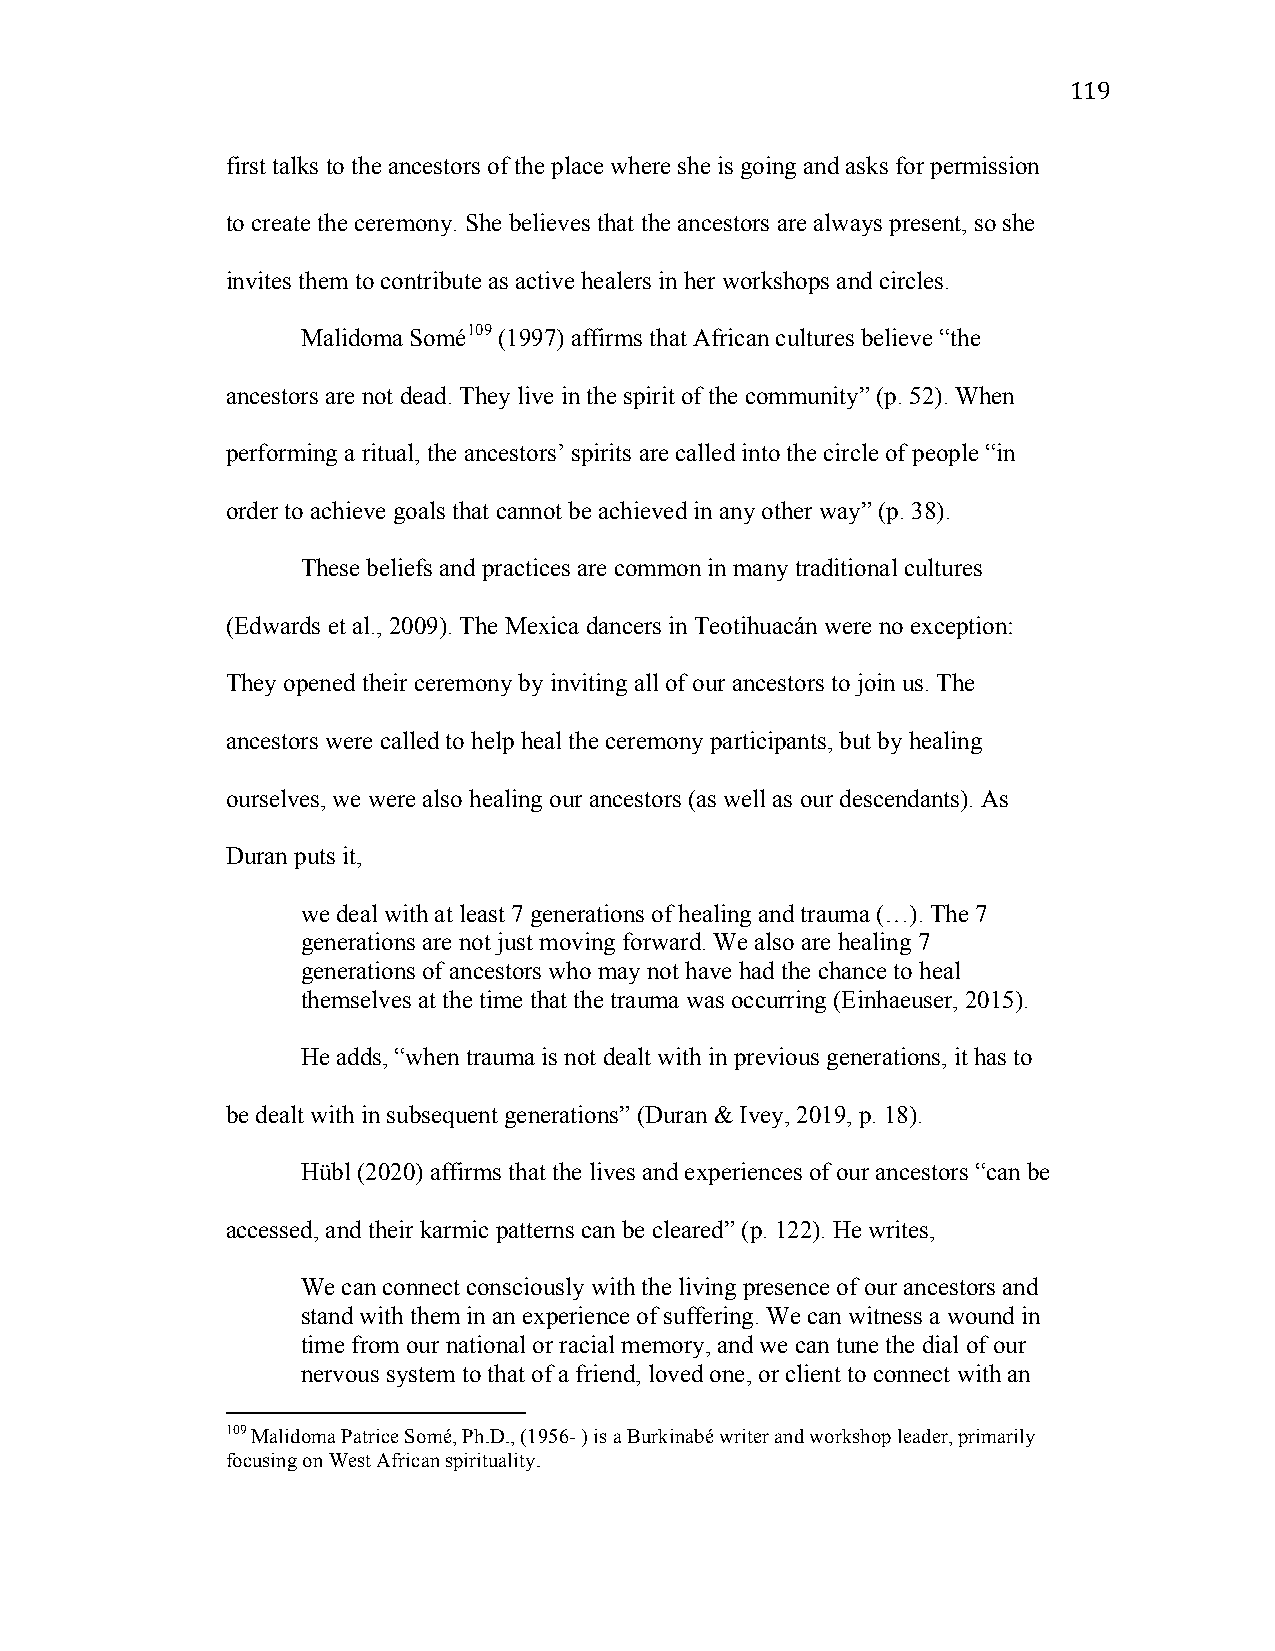
119
 first talks to the ancestors of the place where she is going and asks for permission
 to create the ceremony. She believes that the ancestors are always present, so she
 invites them to contribute as active healers in her workshops and circles.
 Malidoma Somé109 (1997) affirms that African cultures believe “the
 ancestors are not dead. They live in the spirit of the community” (p. 52). When
 performing a ritual, the ancestors’ spirits are called into the circle of people “in
 order to achieve goals that cannot be achieved in any other way” (p. 38).
 These beliefs and practices are common in many traditional cultures
 (Edwards et al., 2009). The Mexica dancers in Teotihuacán were no exception:
 They opened their ceremony by inviting all of our ancestors to join us. The
 ancestors were called to help heal the ceremony participants, but by healing
 ourselves, we were also healing our ancestors (as well as our descendants). As
 Duran puts it,
 we deal with at least 7 generations of healing and trauma (…). The 7
 generations are not just moving forward. We also are healing 7
 generations of ancestors who may not have had the chance to heal
 themselves at the time that the trauma was occurring (Einhaeuser, 2015).
 He adds, “when trauma is not dealt with in previous generations, it has to
 be dealt with in subsequent generations” (Duran & Ivey, 2019, p. 18).
 Hübl (2020) affirms that the lives and experiences of our ancestors “can be
 accessed, and their karmic patterns can be cleared” (p. 122). He writes,
 We can connect consciously with the living presence of our ancestors and
 stand with them in an experience of suffering. We can witness a wound in
 time from our national or racial memory, and we can tune the dial of our
 nervous system to that of a friend, loved one, or client to connect with an
 109 Malidoma Patrice Somé, Ph.D., (1956- ) is a Burkinabé writer and workshop leader, primarily
 focusing on West African spirituality.